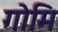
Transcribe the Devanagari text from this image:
गोमि